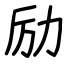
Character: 励